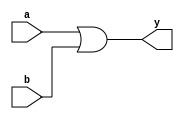
module th12_ref (y,a,b);
 output y;
 input a;
 input b;
 assign  #1 y =  a | b;
endmodule